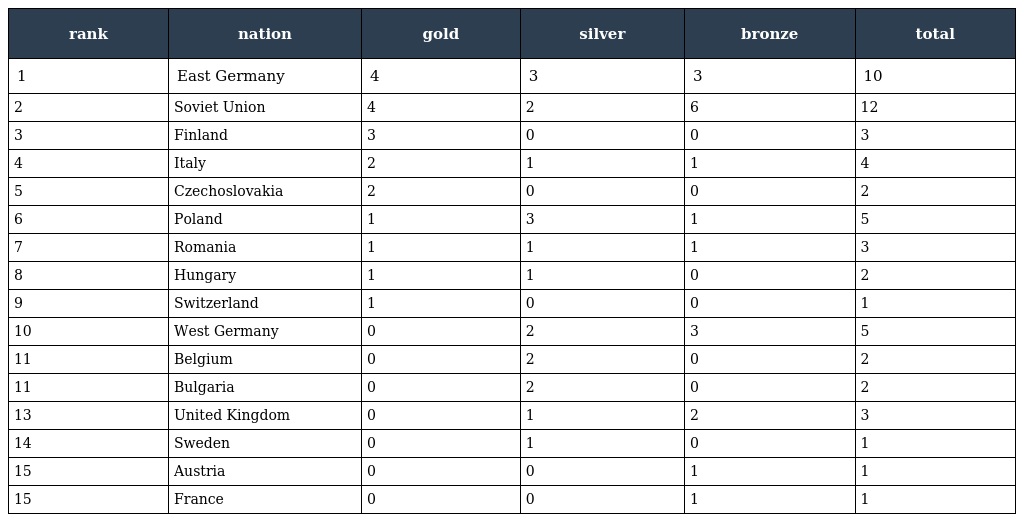
| rank | nation | gold | silver | bronze | total |
 | --- | --- | --- | --- | --- | --- |
 | 1 | East Germany | 4 | 3 | 3 | 10 |
 | 2 | Soviet Union | 4 | 2 | 6 | 12 |
 | 3 | Finland | 3 | 0 | 0 | 3 |
 | 4 | Italy | 2 | 1 | 1 | 4 |
 | 5 | Czechoslovakia | 2 | 0 | 0 | 2 |
 | 6 | Poland | 1 | 3 | 1 | 5 |
 | 7 | Romania | 1 | 1 | 1 | 3 |
 | 8 | Hungary | 1 | 1 | 0 | 2 |
 | 9 | Switzerland | 1 | 0 | 0 | 1 |
 | 10 | West Germany | 0 | 2 | 3 | 5 |
 | 11 | Belgium | 0 | 2 | 0 | 2 |
 | 11 | Bulgaria | 0 | 2 | 0 | 2 |
 | 13 | United Kingdom | 0 | 1 | 2 | 3 |
 | 14 | Sweden | 0 | 1 | 0 | 1 |
 | 15 | Austria | 0 | 0 | 1 | 1 |
 | 15 | France | 0 | 0 | 1 | 1 |